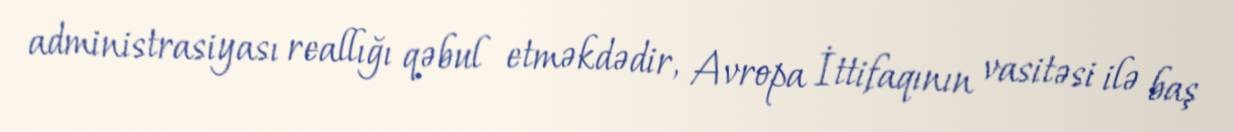
administrasiyası reallığı qəbul etməkdədir, Avropa İttifaqının vasitəsi ilə baş